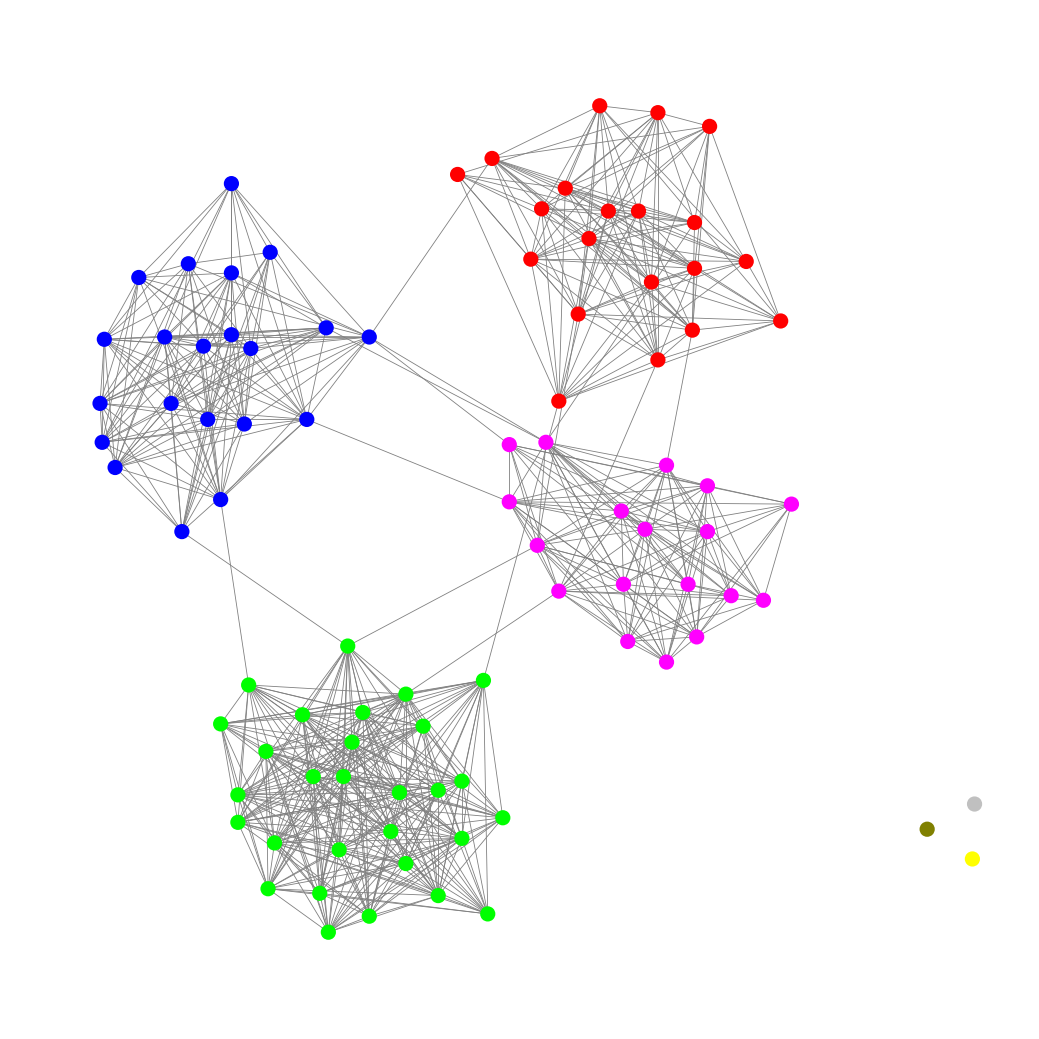
Graph connected: No
Number of connected components: 4
Number of singletons: 3
Total number of nodes: 91
Total number of edges: 685
Number of communities: 7
Community sizes:
Blue: 21
Fuchsia: 18
Lime: 29
Olive: 1
Red: 20
Silver: 1
Yellow: 1
Graph layout: tda
Graph generation method: erdos_renyi